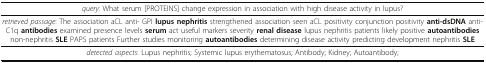
| query: What serum [PROTEINS] change expression in association with high disease activity in lupus? |
 | --- |
 | retrieved passage: The association aCL anti- GPI lupus nephritis strengthened association seen aCL positivity conjunction positivity anti-dsDNA anti-C1q antibodies examined presence levels serum act useful markers severity renal disease lupus nephritis patients likely positive autoantibodies non-nephritis SLE PAPS patients Further studies monitoring autoantibodies determining disease activity predicting development nephritis SLE |
 | detected aspects: Lupus nephritis; Systemic lupus erythematosus; Antibody; Kidney; Autoantibody; |